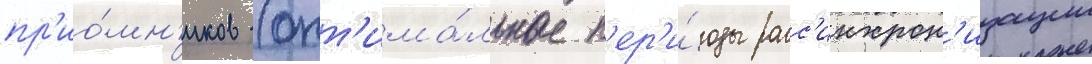
пр'ио́мн'иков (опт'има́льные п'ер'и́оды расс'инхрон'изации